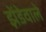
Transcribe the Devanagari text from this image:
झेंडेवाले